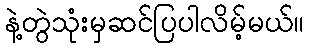
နဲ့တွဲသုံးမှဆင်ပြပါလိမ့်မယ်။